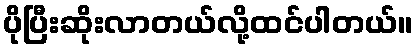
ပိုပြီးဆိုးလာတယ်လို့ထင်ပါတယ်။